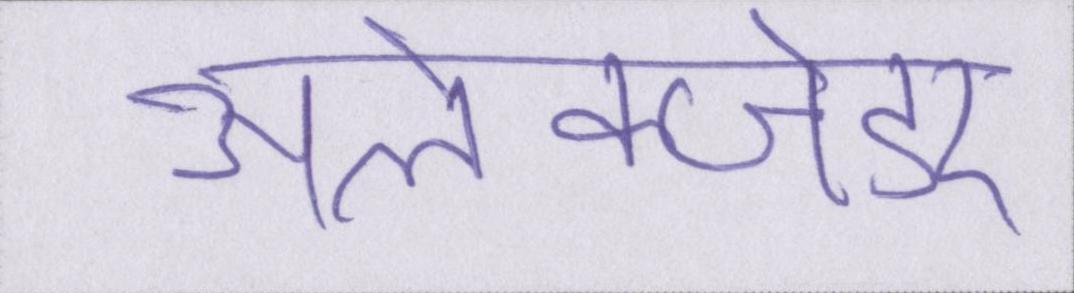
अलेक्जेंडर